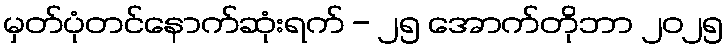
မှတ်ပုံတင်နောက်ဆုံးရက် - ၂၅ အောက်တိုဘာ ၂၀၂၅